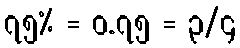
၇၅% = ၀.၇၅ = ၃/၄